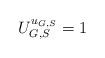
LaTeX: \begin{align*}U^{u_{G,S}}_{G,S}=1\end{align*}